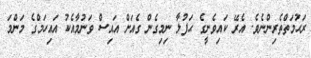
ރަޙުމަތްތެރިންނެވެ. އެރޭ ކައިވެނީގެ ޙަފުލާ ނިމިގެން ގެއަށް އައިސް ވަނުމާއެކު އައިހަމްގެ މަންމަ